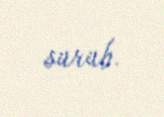
sürüb.